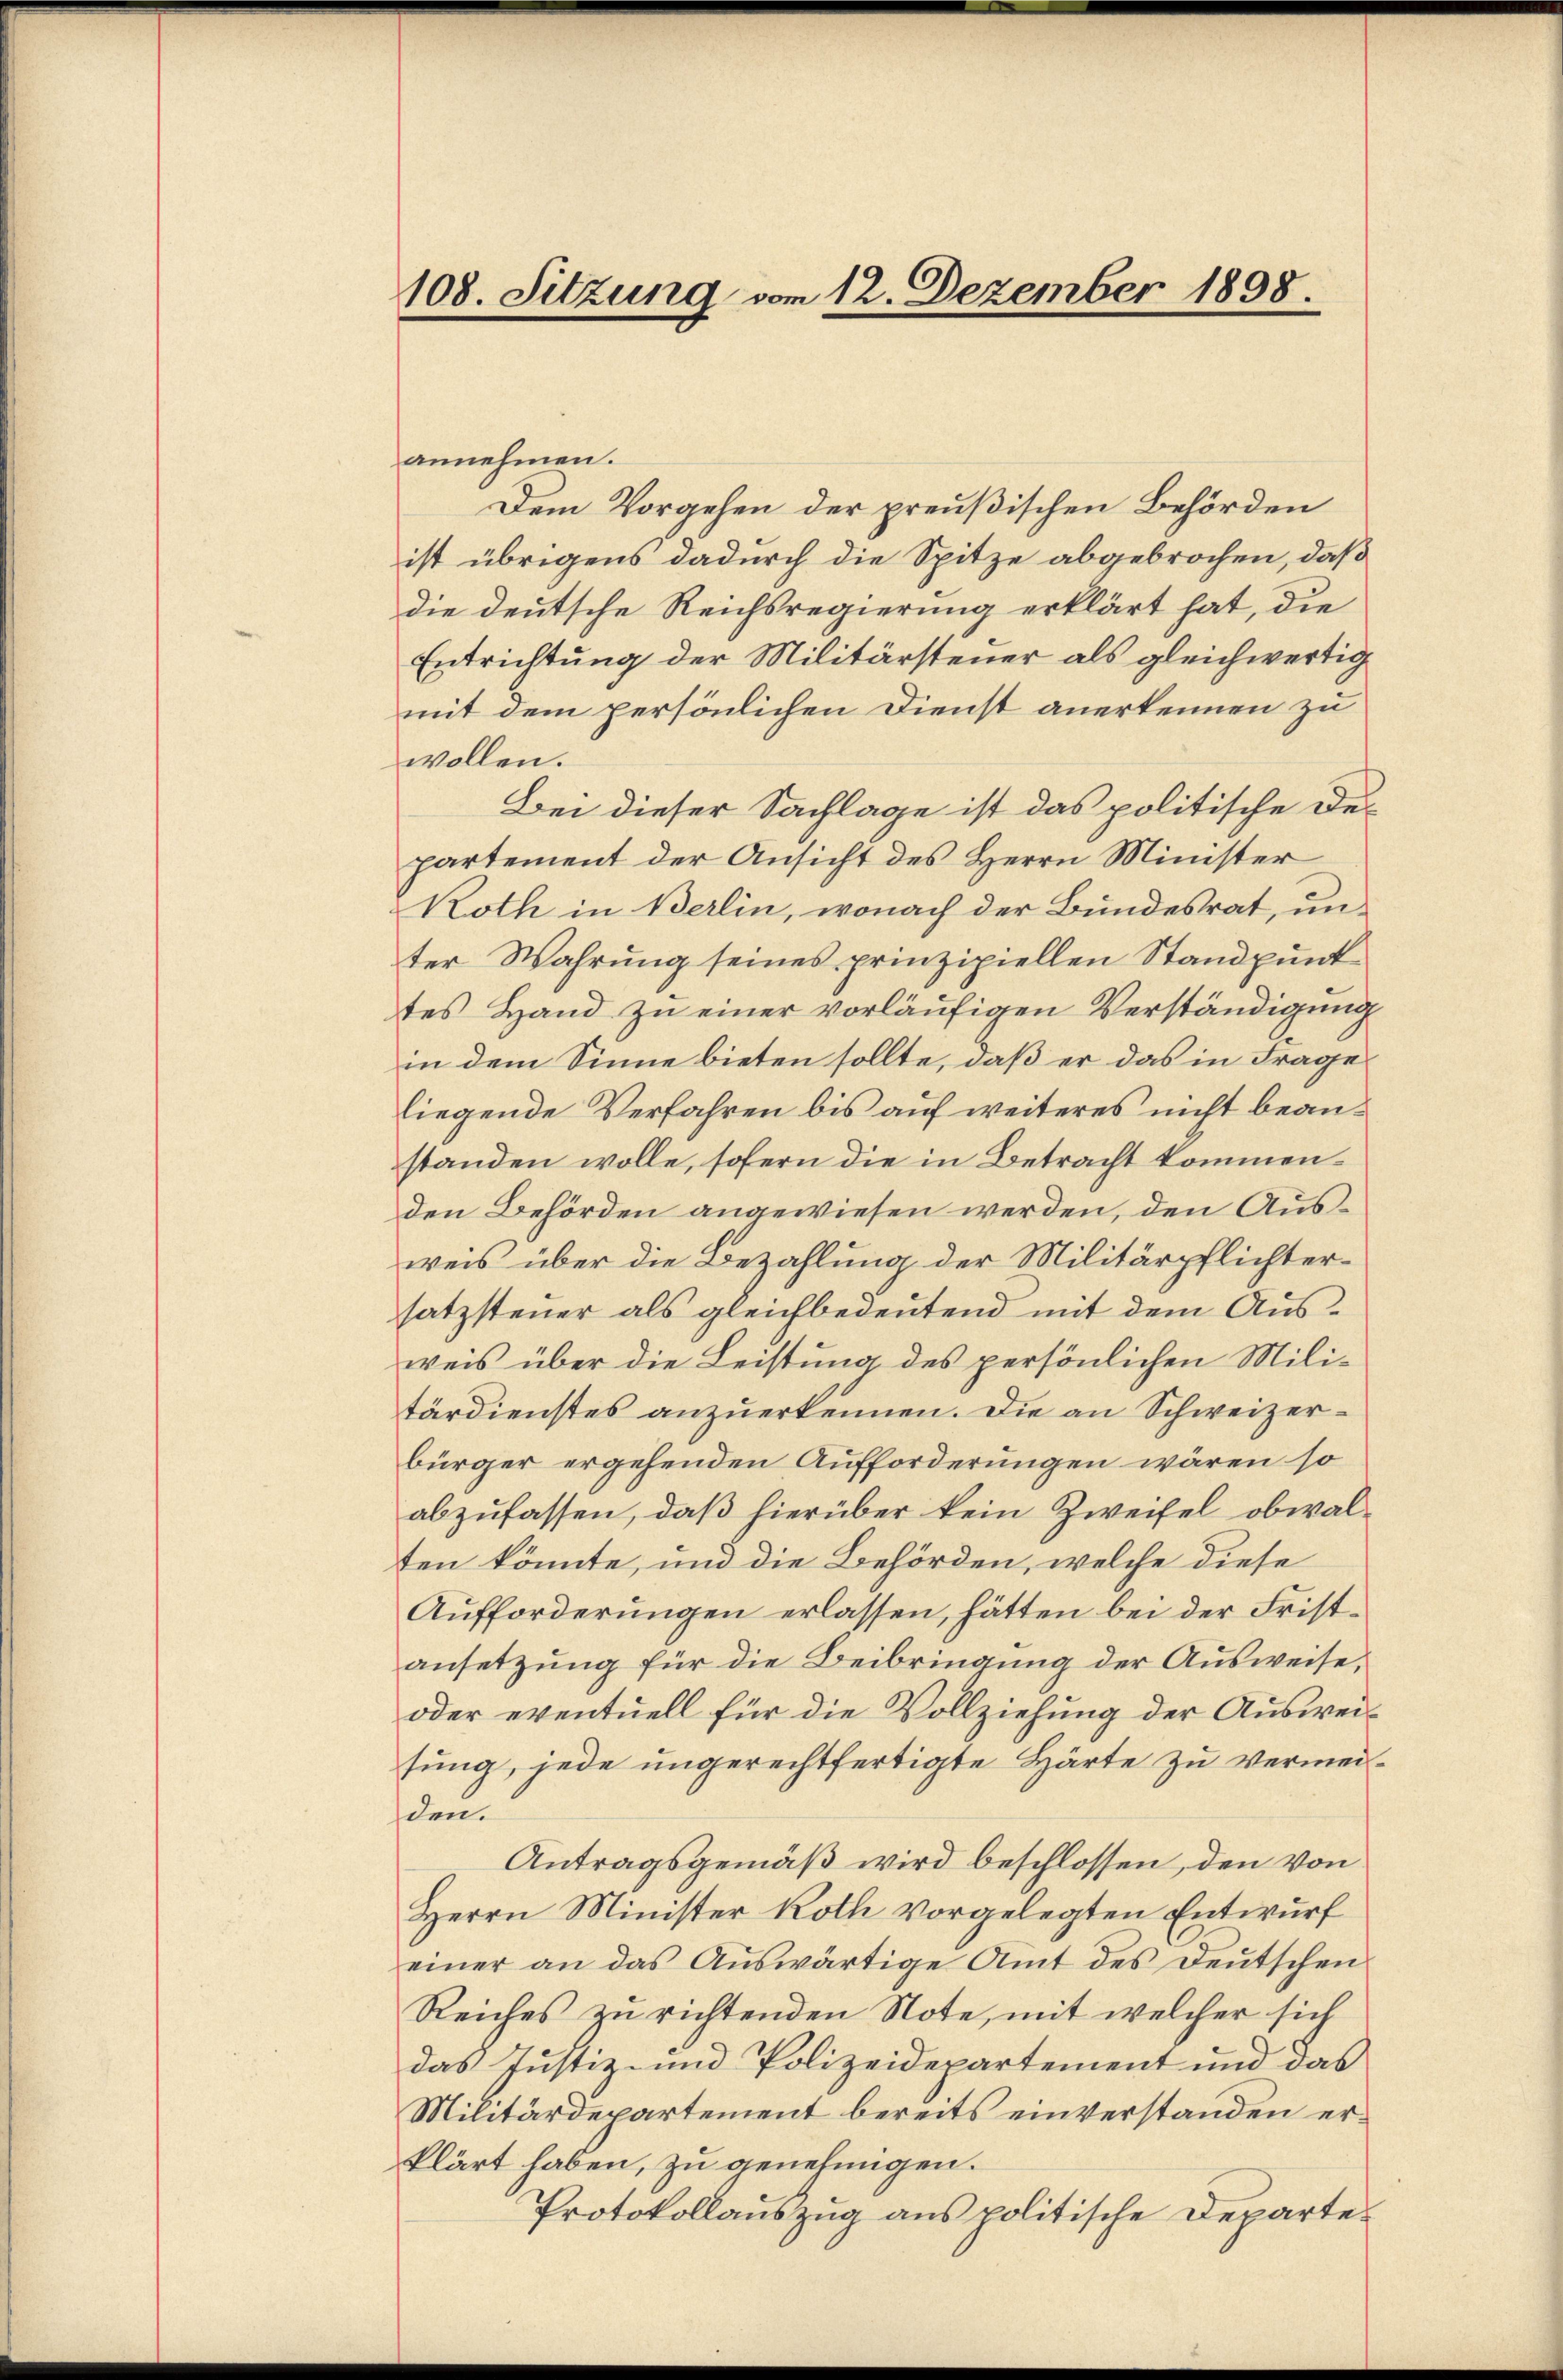
108. Sitzung vom 12. Dezember 1898.

annehmen.
Dem Vorgehen der preußischen Behörden
ist übrigens dadurch die Spitze abgebrochen, daß
die deutsche Reichsregierung erklärt hat, die
Entrichtung der Militärsteuer als gleichwertig
mit dem persönlichen Dienst anerkennen zu
wollen.
Bei dieser Sachlage ist das politische Departement der Ansicht des Herrn Minister
Koth in Berlin, wonach der Bundesrat, unter Wahrung seines prinzipiellen Standpunk
tes Hand zu einer vorläufigen Verständigung
in dem Sinne bieten sollte, daß er das in Frage
liegende Verfahren bis auf weiteres nicht beanstanden wolle, sofern die in Betracht kommen.
den Behörden angewiesen werden, den Ausweis über die Bezahlung der Militärpflichtersatzsteuer als gleichbedeutend mit dem Ausweis über die Leistung des persönlichen Militärdienstes anzuerkennen. Die an Schweizerbürger ergehenden Aufforderungen wären so
abzufassen, daß hierüber kein Zweifel obwalten könnte, und die Behörden, welche diese
Aufforderungen erlassen, hätten bei der Fristansetzung für die Beibringung der Ausweise,
oder eventuell für die Vollziehung der Ausweisung, jede ungerechtfertigte Härte zu vermeiden.
Antragsgemäß wird beschlossen, den von
Herrn Minister Roth vorgelegten Entwurf
einer an das Aŭswärtige Amt des Deutschen
Reiches zu richtenden Note, mit welcher sich
das Justiz- und Polizeidepartement und das
Militärdepartement bereits einverstanden erklärt haben, zu genehmigen.
Protokollauszug aus politische Departe¬